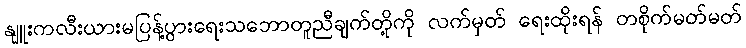
နျူးကလီးယားမပြန့်ပွားရေးသဘောတူညီချက်တို့ကို လက်မှတ် ရေးထိုးရန် တစိုက်မတ်မတ်